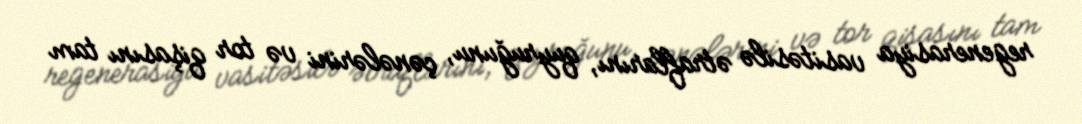
regenerasiya vasitəsilə ətraflarını, quyruğunu, çənələrini və tor qişasını tam